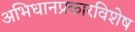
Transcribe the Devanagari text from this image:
अभिधानप्रकारविशेष